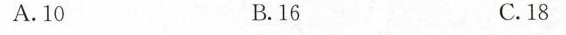
A.10 B.16 C.18